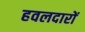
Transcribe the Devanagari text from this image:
हवलदारों